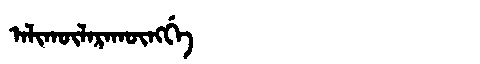
Manchu: ᠠᠯᡳᡴᡡᠯᠠᡵᠠᡴᡡᠩᡤᡝ
Romanization: ALIKŪLARAKŪNGGE